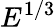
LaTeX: E^{1/3}